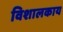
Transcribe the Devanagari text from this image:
विशालकाय